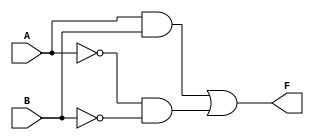
module two_variable_kmap (
    input wire A,    // First input variable
    input wire B,    // Second input variable
    output wire F    // Output
);

// Define the output logic based on the K-map for A and B
assign F = (A & B) | (~A & ~B); // Example logic: F = AB + A'B'

endmodule